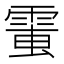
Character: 𩃘